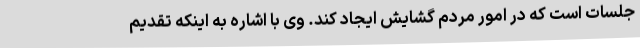
جلسات است که در امور مردم گشایش ایجاد کند. وی با اشاره به اینکه تقدیم